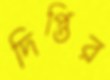
দিপ্তির